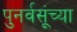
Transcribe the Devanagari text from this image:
पुनर्वसूंच्या